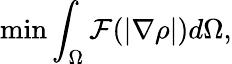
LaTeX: \operatorname*{min}\int_{\Omega}\mathcal{F}(|\nabla\rho|)d\Omega,